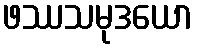
ဖဿသမုဒယော